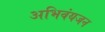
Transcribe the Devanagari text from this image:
अभिवंयजन